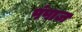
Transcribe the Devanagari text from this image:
पंपाज